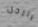
الرجل